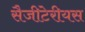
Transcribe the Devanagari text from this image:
सैजीटेरीयस